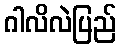
ဂါလိလဲပြည်